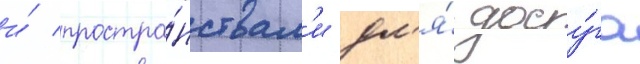
и́ простра́нствам'и дл'я́ досу́га